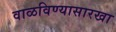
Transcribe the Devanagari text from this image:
वाळविण्यासारखा